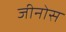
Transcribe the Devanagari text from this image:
जीनोस